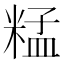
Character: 𥺬